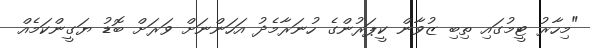
"މިހާރު ޓީމުގައި ތިބި ޒުވާން ކީޕަރުންގެ ހުނަރާމެދު އަހަންނަށް ވަރަށް ބޮޑު ޔަގީންކަމެއް